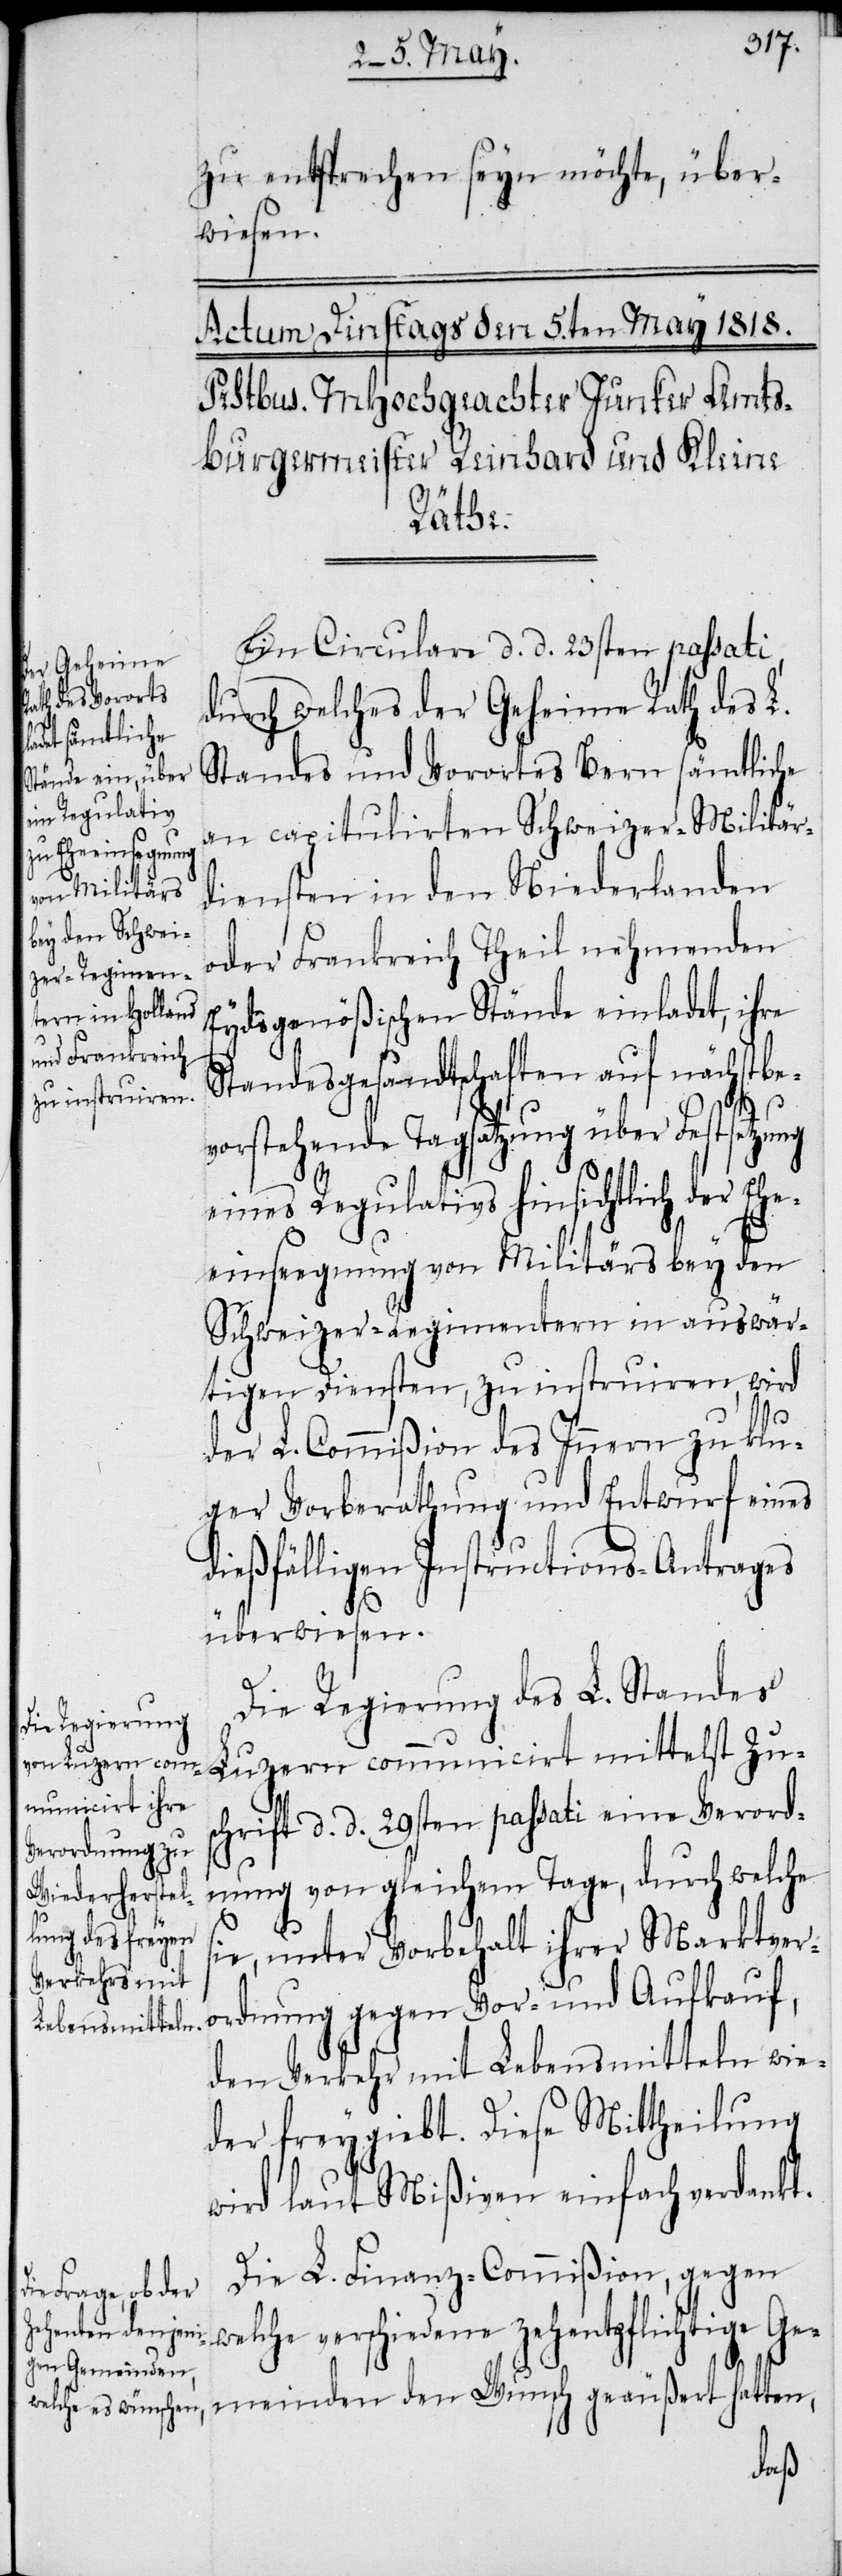
zu entsprechen seyn möchte, über¬
wiesen.
Zus¬
Ein Circulare d. d. 23sten passati,
durch welches der Geheime Rath des L.
Standes und Vorortes Bern sämtliche
an capitulirten Schweizer-Militär¬
diensten in den Niederlanden
oder Frankreich Theil nehmenden
Eydsgenößischen Stände einladet, ihre
Standesgesandtschaften auf nächstbe¬
vorstehende Tagsatzung über Festsetzu¬
eines Regulativs hinsichtlich der Ehe¬
einseegnung von Militärs bey den
Schweizer-Regimentern in auswär¬
tigen Diensten, zu instruiren, wird
der L. Commißion des Innern zu klu¬
ger Vorberathung und Entwurf eines
dießfälligen Instructions-Antrages
überwiesen.
Die Regierung des L. Standes
chrift d. d. 29sten passati eine Verord¬
nung von gleichem Tage, durch welche
sie, unter Vorbehalt ihrer Marktver¬
ordnung gegen Vor- und Aufkauf,
den Verkehr mit Lebensmitteln wie¬
der freygiebt. Diese Mittheilung
wird laut Mißiven einfach verdankt.
Die L. Finanz-Commißion, gegen
welche verschiedene zehentpflichtige Ge¬
meinden den Wunsch geäußert hatten,
ng